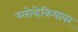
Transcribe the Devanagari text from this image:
स्लोव्हेकियावर